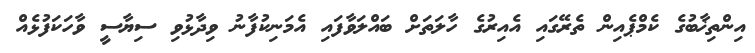
އިންތިޚާބުގެ ކެމްޕެއިން ތެރޭގައި އެއިރުގެ ހާލަތަށް ބައްލަވާފައި އެމަނިކުފާނު ވިދާޅުވި ސިޔާސީ ވާހަކަފުޅެއް